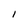
Character: C